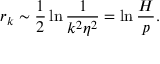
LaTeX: r _ { k } \sim \frac { 1 } { 2 } \ln \frac { 1 } { k ^ { 2 } \eta ^ { 2 } } = \ln \frac { H } { p } .